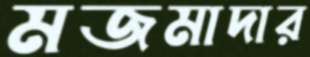
মজমাদার